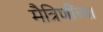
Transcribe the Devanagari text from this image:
मैत्रिणींच्या